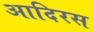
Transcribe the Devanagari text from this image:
आदिरस